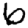
Digit: 6